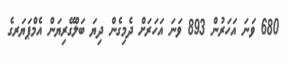
680 ވަނަ އަހަރުން 893 ވަނަ އަހަރަށް ދެމިގެން ދިޔަ ބަލްގޭރިޔަން އެމްޕަޔަރގެ